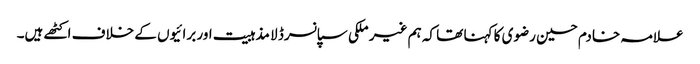
علامہ خادم حسین رضوی کا کہنا تھا کہ ہم غیر ملکی سپانسرڈ لا مذہبیت اور برائیوں کے خلاف اکٹھے ہیں۔